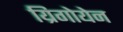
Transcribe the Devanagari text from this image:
य्रिगोयेन